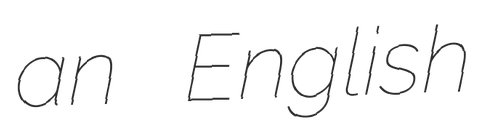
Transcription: an English